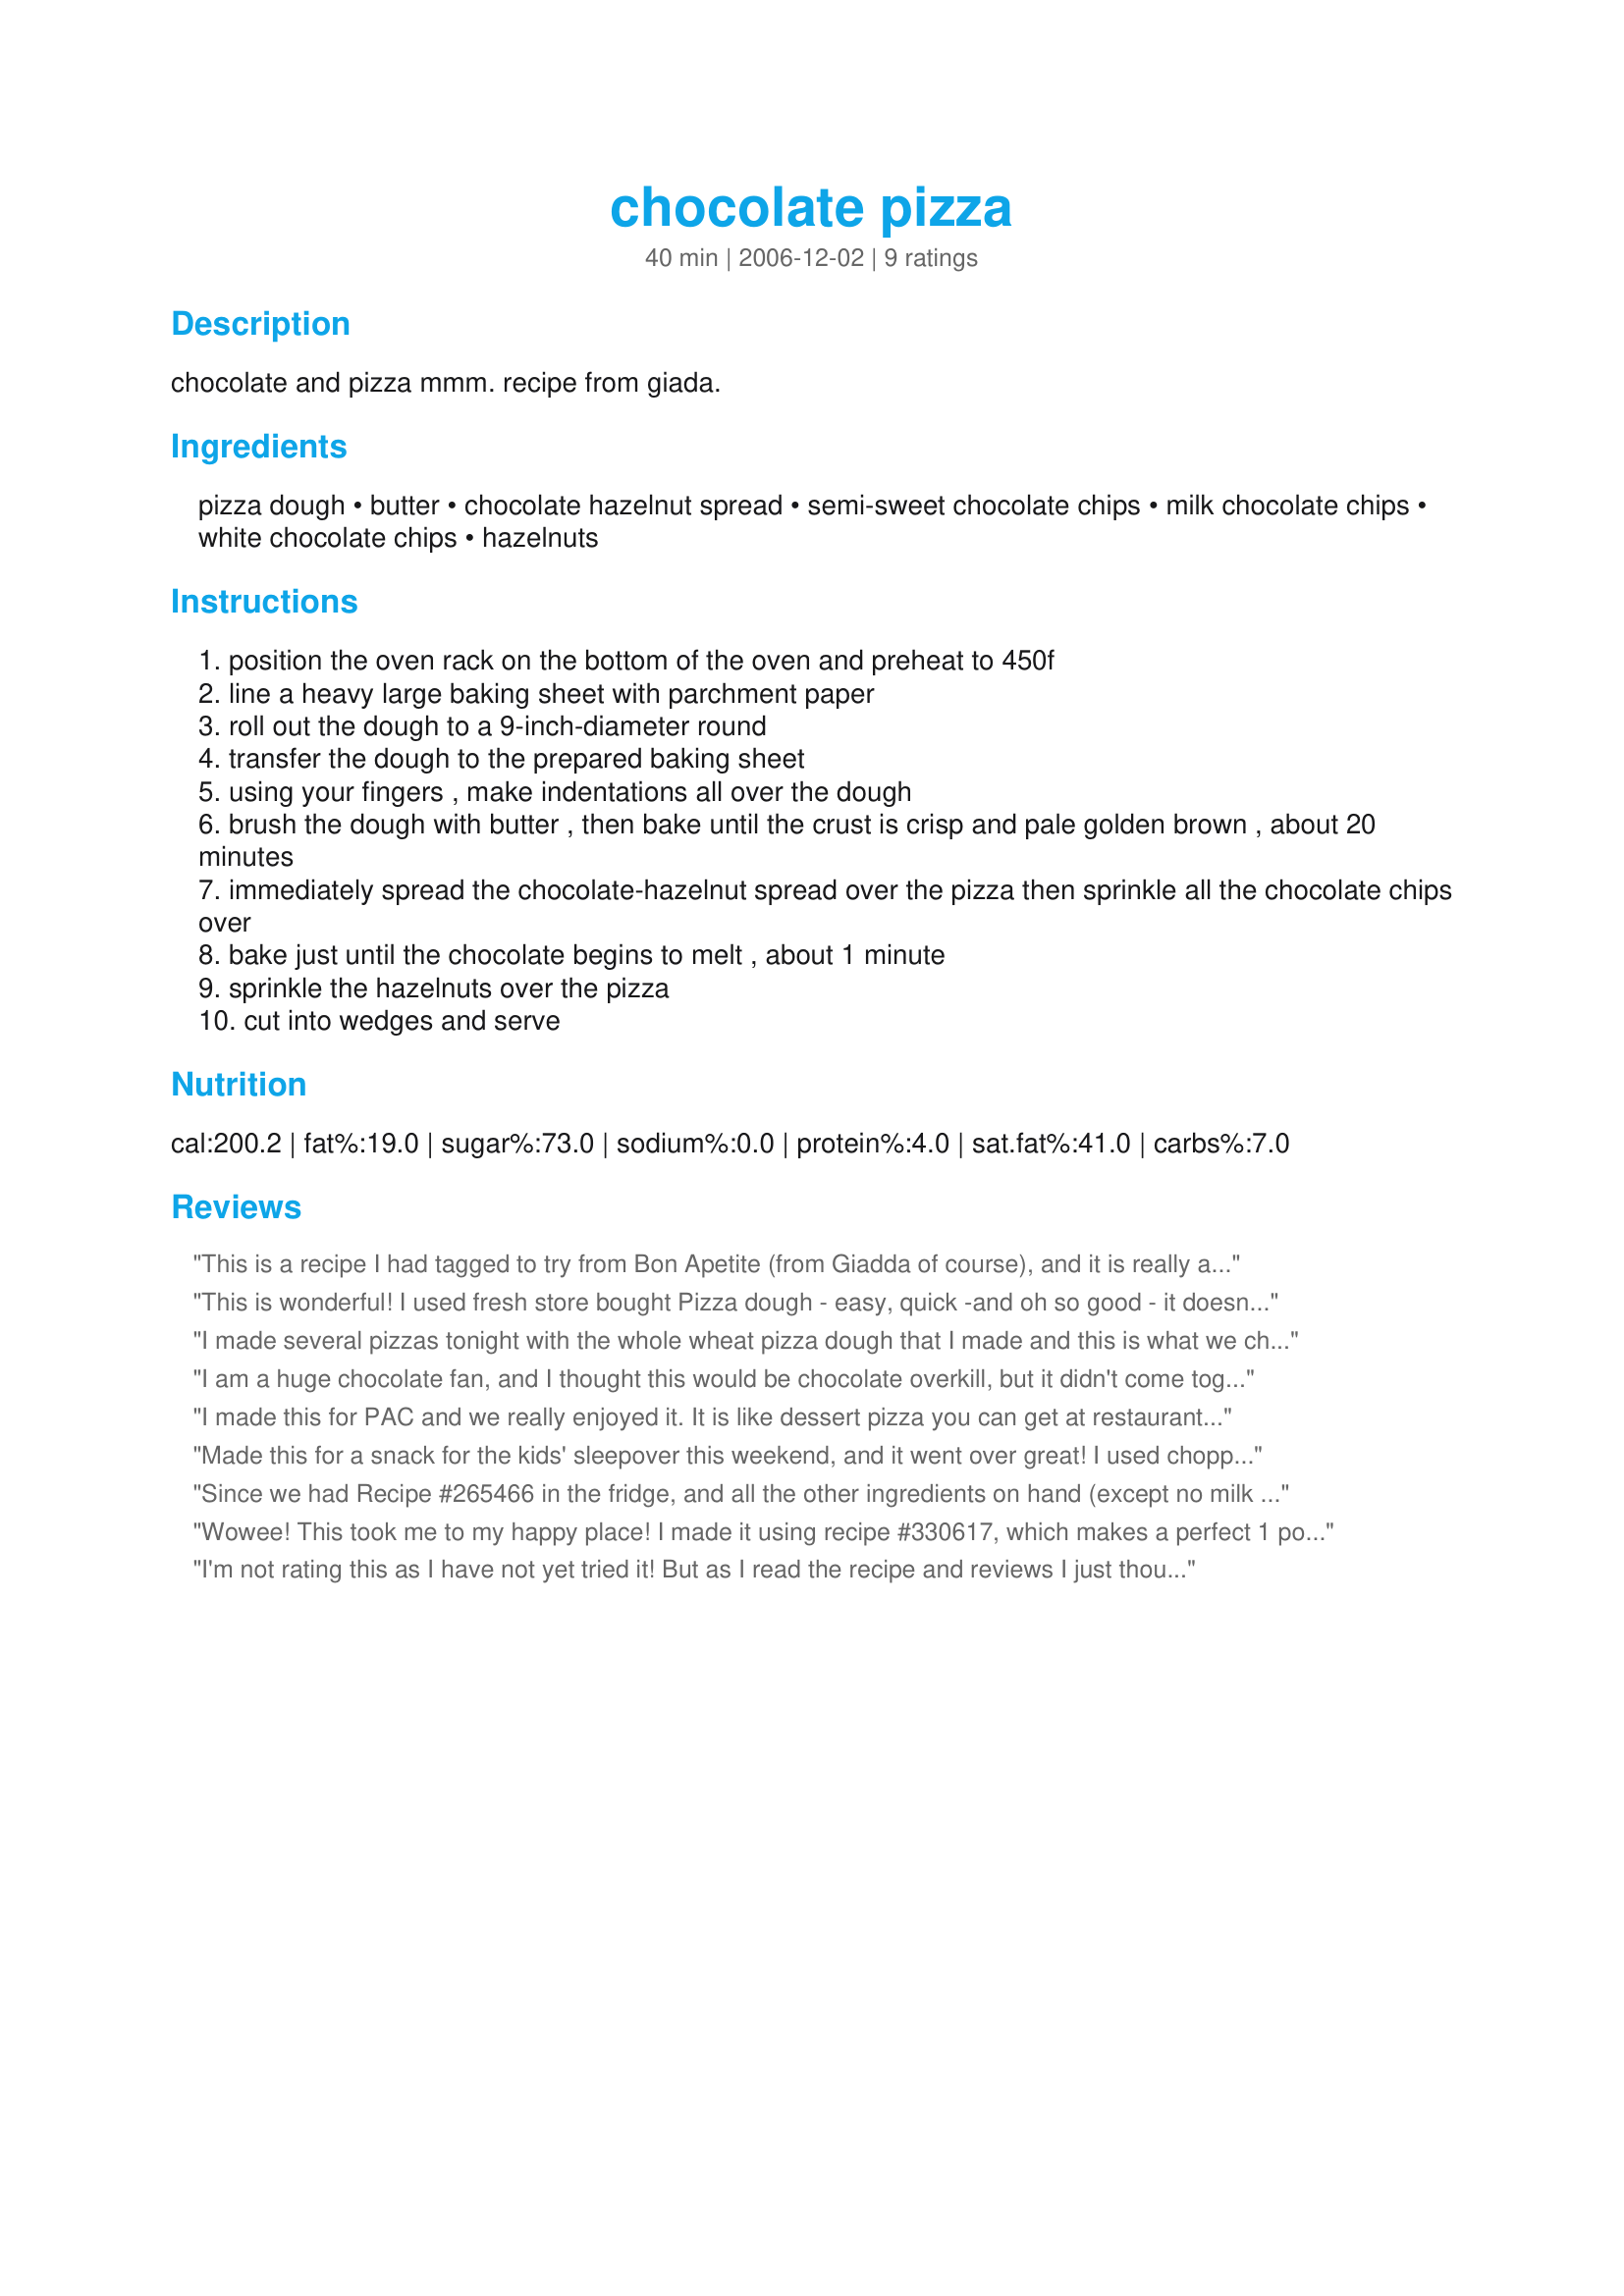
chocolate pizza
Preparation time: 40 minutes

chocolate and pizza mmm. recipe from giada.

Ingredients:
pizza dough, butter, chocolate hazelnut spread, semi-sweet chocolate chips, milk chocolate chips, white chocolate chips, hazelnuts

Steps:
position the oven rack on the bottom of the oven and preheat to 450f
line a heavy large baking sheet with parchment paper
roll out the dough to a 9-inch-diameter round
transfer the dough to the prepared baking sheet
using your fingers , make indentations all over the dough
brush the dough with butter , then bake until the crust is crisp and pale golden brown , about 20 minutes
immediately spread the chocolate-hazelnut spread over the pizza then sprinkle all the chocolate chips over
bake just until the chocolate begins to melt , about 1 minute
sprinkle the hazelnuts over the pizza
cut into wedges and serve

Reviews:
This is a recipe I had tagged to try from Bon Apetite (from Giadda of course), and it is really a fun treat! So easy you can literally throw it together last minute. With 2 little ones this was a big hit at our 4th of July party! I used a Boboli (ie. store bought), so I couldn't make indentations, but it worked out fine anyway. I'm going to make this again for my daughter's birthday!
This is wonderful! I used fresh store bought Pizza dough - easy, quick -and oh so good - it doesn't get any better than that.
I made several pizzas tonight with the whole wheat pizza dough that I made and this is what we chose to do for dessert. It was a huge hit with the family. The kids couldn't believe their luck! Fast to make and I was thrilled to find open bags of all three chips in the cabinet. I can see myself throwing whatever little something that is lonely in the baking cabinet on in the future. I bet this would be good on toasted bread, too. Thanks for sharing, France! Made for ZWT4.
I am a huge chocolate fan, and I thought this would be chocolate overkill, but it didn't come together like I thought it would. I purchased pizza dough in the can, and did not care for the combination of the dough and the chocolate. There was not a huge cariance in texture, just dough and chocolate. Don't think I would make again, but if I did, I would have to add some stuff on top to make the toppings thicker and more varied, maybe marshmallows, more nuts, graham cracker crumbs or something. I didn't get any comments of people liking it other than my mom saying it was ok.
I made this for PAC and we really enjoyed it. It is like dessert pizza you can get at restaurants, only better! I think this would be good with the addition of other ingredients too - like coconut or flavored chocolate chips. I will definitely make it again and try new combinations! Thanks!
Made this for a snack for the kids' sleepover this weekend, and it went over great! I used chopped roasted peanuts instead of the hazelnuts, because we had lots of them on hand, and also used peanut butter chips instead of the white chocolate chips. The boys asked to have this again the next time they stay over! Probably won't give it to them so close to bedtime next time though, LOL. Thanks for sharing!
Since we had Recipe #265466 in the fridge, and all the other ingredients on hand (except no milk chocolate chips and we made our Recipe #328643), we made a small pie for the two of us (3 servings). We agree with another reviewer that the pizza dough and chocolate didn't seem to go together too well. Overall, this is an okay recipe.
Wowee! This took me to my happy place! I made it using recipe #330617, which makes a perfect 1 pound pizza dough -- in your bread machine! I was tempted to sweeten the dough a bit, but resisted, and I'm soooo glad I did because the pizza dough was like the straight guy balancing the sweetness of the chocolates and Nutella. I thought this would only be good served warm; wrong again! Once sliced, these were even better at room temp! I think these could be renamed to "Chocolate Pizza Cookies"!!!!! Thanks, Boommette! Made for <b>PRMR</b>.
I'm not rating this as I have not yet tried it! But as I read the recipe and reviews I just thought, you need to use a brownie mix for the pizza crust! It would be extreme chocolate, but would taste better than plain dough! You could even use refrigerated cookie dough!
